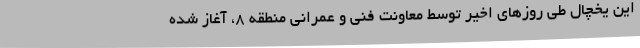
این یخچال طی روزهای اخیر توسط معاونت فنی و عمرانی منطقه 8، آغاز شده